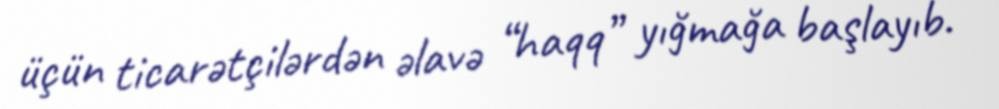
üçün ticarətçilərdən əlavə “haqq” yığmağa başlayıb.